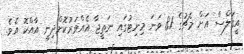
އީގަލްސް އަށް މެޗުގެ 81 ވަނަ މިނިޓުގައި ނަތީޖާ އެއްވަރުކޮށްދިނީ އާއްކޮ އެވެ.